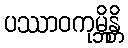
ပဿာဝကုမ္ဘိန္တိ